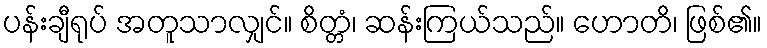
ပန်းချီရုပ် အတူသာလျှင်။ စိတ္တံ၊ ဆန်းကြယ်သည်။ ဟောတိ၊ ဖြစ်၏။